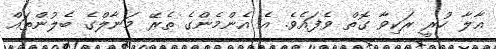
އާލާ ހުރީ ރަކިވާ ގޮތް ވެފައެވެ. އެ އެންމެންގެ ތެރޭ މަނާލްގެ ބެލުންތައް